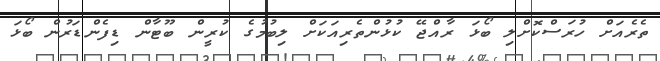
ތެރެއަށް ހުރަސްކޮށްލި ބޯޅަ ރާއްޖޭ ކުޅުންތެރިއަކަށް ލިބުމުގެ ކުރީން ބޫޓާން ޑިފެންޑަރުން ބޯޅަ